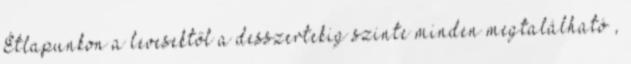
Étlapunkon a levesektől a desszertekig szinte minden megtalálható ,